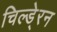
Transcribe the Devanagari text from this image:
चिल्डे्रन